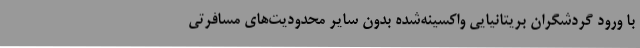
با ورود گردشگران بریتانیایی واکسینه‌شده بدون سایر محدودیت‌های مسافرتی